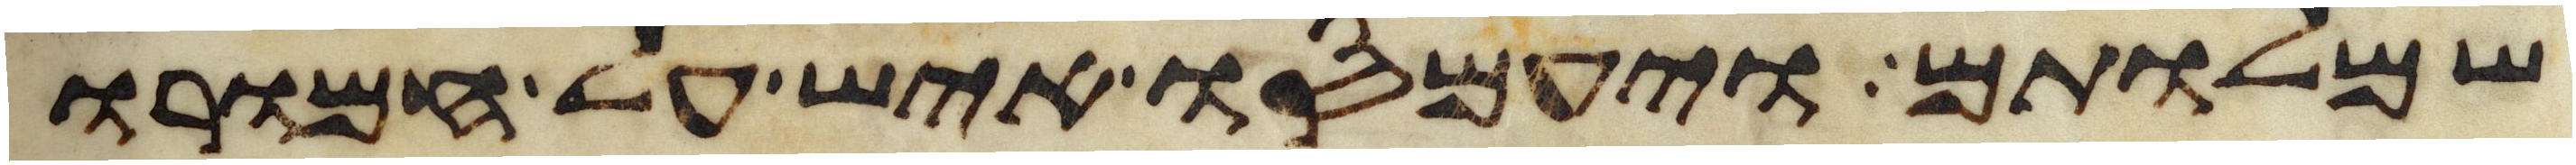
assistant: שמלותם ויעמסו איש על חמורו